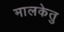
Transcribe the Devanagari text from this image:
मालकेतु